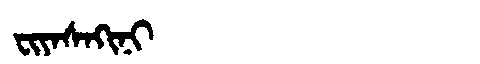
Manchu: ᠸᡳᠶᠠᠰᠠᡴᡳᠨᡳ
Romanization: FIYASAKINI